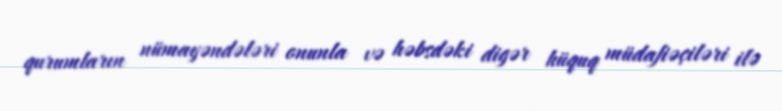
qurumların nümayəndələri onunla və həbsdəki digər hüquq müdafiəçiləri ilə